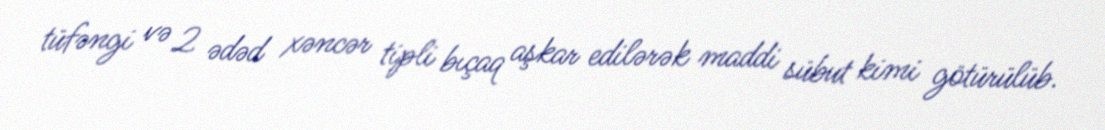
tüfəngi və 2 ədəd xəncər tipli bıçaq aşkar edilərək maddi sübut kimi götürülüb.